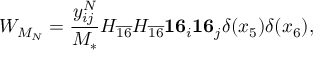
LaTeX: W _ { M _ { N } } = \frac { y _ { i j } ^ { N } } { M _ { * } } H _ { \overline { { { 1 6 } } } } H _ { \overline { { { 1 6 } } } } { \bf 1 6 } _ { i } { \bf 1 6 } _ { j } \delta ( x _ { 5 } ) \delta ( x _ { 6 } ) ,